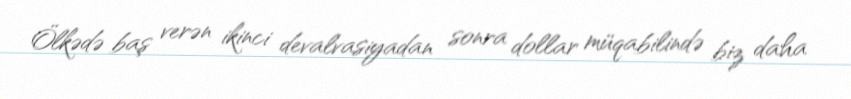
Ölkədə baş verən ikinci devalvasiyadan sonra dollar müqabilində biz daha